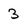
Character: 3